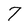
Character: 7